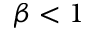
\beta < 1